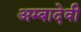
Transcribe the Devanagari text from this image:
अम्बादेवी